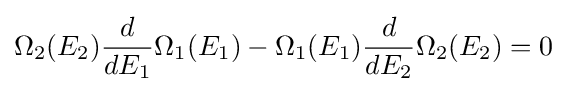
\Omega _{2}(E_{2}){\frac {d}{dE_{1}}}\Omega _{1}(E_{1})-\Omega _{1}(E_{1}){\frac {d}{dE_{2}}}\Omega _{2}(E_{2})=0